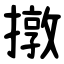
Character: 撴